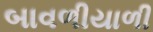
બાવળીયાળી